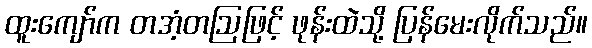
ထူးကျော်က တအံ့တဩဖြင့် ဖုန်းထဲသို့ ပြန်မေးလိုက်သည်။